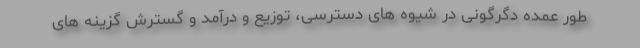
طور عمده دگرگونی در شیوه های دسترسی، توزیع و درآمد و گسترش گزینه های